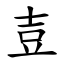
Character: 壴